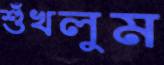
শুঁখলুম